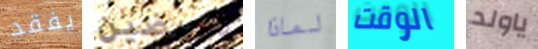
يفقد تعرضين لماذا الوقت ياولد